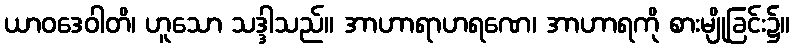
ယာဝဒေဝါတိ၊ ဟူသော သဒ္ဒါသည်။ အာဟာရာဟရဏေ၊ အာဟာရကို စားမျိုခြင်း၌။